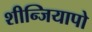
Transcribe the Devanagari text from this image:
शीन्जियापो